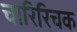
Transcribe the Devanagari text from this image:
चारिरिचक